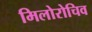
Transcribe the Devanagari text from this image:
मिलोरोचिव